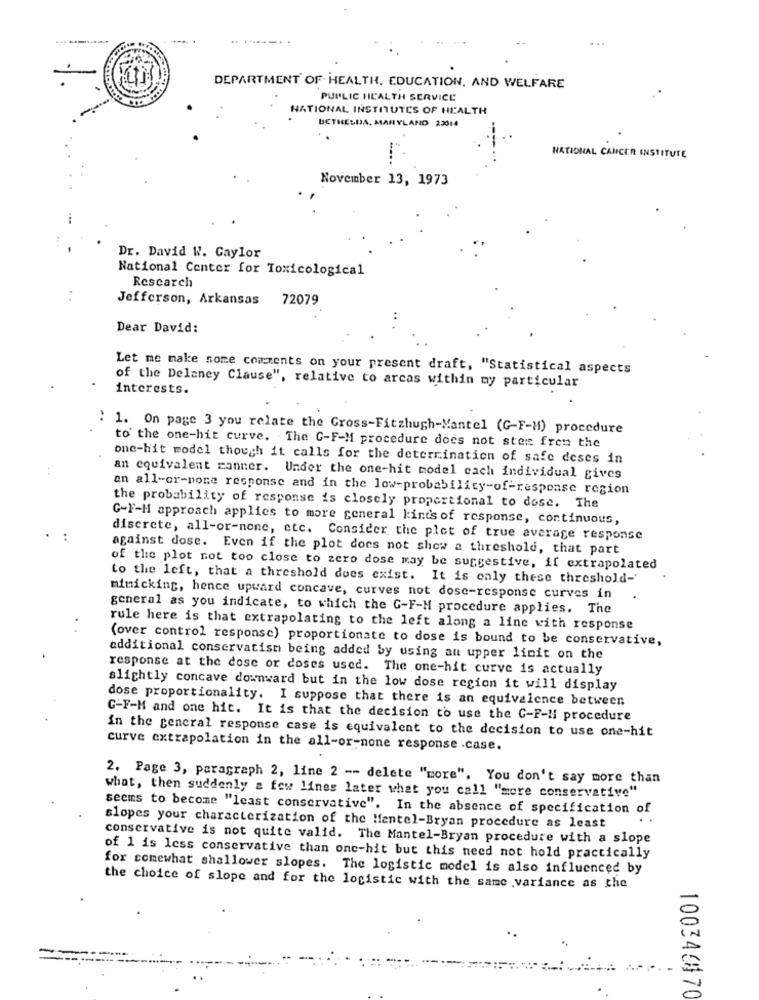
DEPARTMENT OF HEALTH, EDUCATION, AND WELFARE
PUBLIC HEALTH SERVICE
NATIONAL INSTITUTES OF HEALTH
DETHELIA, MARYLAND 23014
NATIONAL CANCER INSTITUTE
November 13, 1973
Dr. David W. Gaylor
National Center for Toxicological
Research
Jefferson, Arkansas
72079
Dear David:
Let me make some comments on your present draft, "Statistical aspects
interests.
of the Delaney Clause", relative to arcas within my particular
: 1. On page 3 you relate the Gross-Fitzhugh-Mantel (G-F-H) procedure
to the one-hit curve. The C-F-M procedure does not stes fren the
one-hit model though it calls for the determination of safe deses in
an equivalent ranner. Under the one-hit model each individual gives
an all-or-none response and in the low-probability-of-response region
the probability of response is closely proportional to dose. The
G-F-H approach applies to more general kinds of response, continuous,
discrete, all-or-none, etc. Consider the plot of true average response
against dose. Even if the plot does not show a threshold, that part
of the plot not too close to zero dose may be suggestive, if extrapolated
to the left, that a threshold does exist. It is only these threshold-'
mimicking, hence upward concave, curves not dose-response curves in
general as you indicate, to which the G-F-M procedure applies. The
rule here is that extrapolating to the left along a line with response
(over control response) proportionate to dose is bound to be conservative,
additional conservatism being added by using an upper limit on the
response at the dose or doses used. The one-hit curve is actually
slightly concave downward but in the low dose region it will display
dose proportionality. I suppose that there is an equivalence between
G-F-M and one hit. It is that the decision to use the C-F-Mi procedure
in the general response case is equivalent to the decision to use one-hit
curve extrapolation in the all-or-none response .case.
2. Page 3, paragraph 2, line 2 -- delete "more". You don't say more than
what, then suddenly a few lines later what you call "more conservative"
seems to become "least conservative".
In the absence of specification of
. .
slopes your characterization of the Mantel-Bryan procedure as least
conservative is not quite valid. The Mantel-Bryan procedure with a slope
of 1 is less conservative than one-hit but this need not hold practically
for comewhat shallower slopes. The logistic model is also influenced by
the choice of slope and for the logistic with the same variance as the
100340470